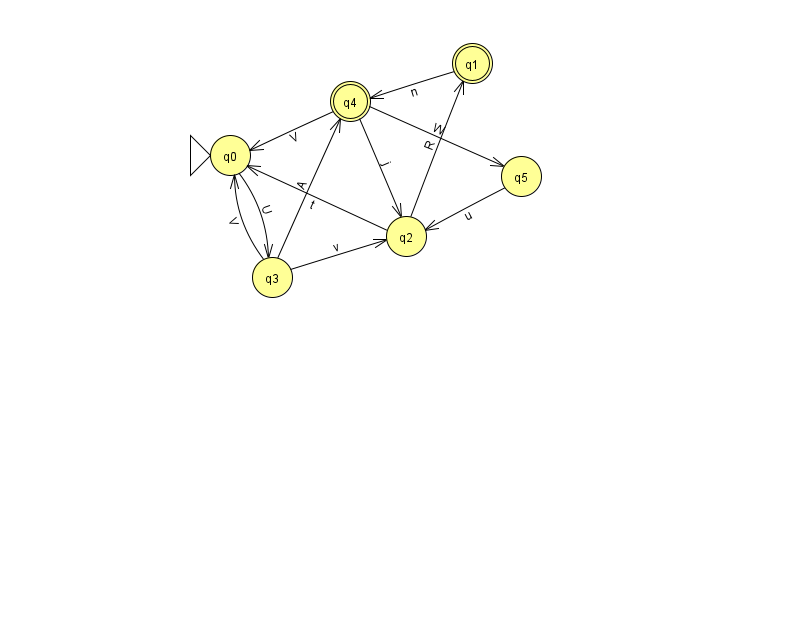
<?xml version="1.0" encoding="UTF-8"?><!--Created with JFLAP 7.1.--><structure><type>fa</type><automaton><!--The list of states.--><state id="0" name="q0"><x>230.0</x><y>142.0</y><initial/></state><state id="1" name="q1"><x>472.0</x><y>50.0</y><final/></state><state id="2" name="q2"><x>406.0</x><y>223.0</y></state><state id="3" name="q3"><x>272.0</x><y>264.0</y></state><state id="4" name="q4"><x>350.0</x><y>88.0</y><final/></state><state id="5" name="q5"><x>521.0</x><y>163.0</y></state><!--The list of transitions.--><transition><from>3</from><to>2</to><read>v</read></transition><transition><from>3</from><to>4</to><read>A</read></transition><transition><from>1</from><to>4</to><read>n</read></transition><transition><from>2</from><to>1</to><read>R</read></transition><transition><from>4</from><to>2</to><read>j</read></transition><transition><from>4</from><to>5</to><read>W</read></transition><transition><from>5</from><to>2</to><read>u</read></transition><transition><from>2</from><to>0</to><read>t</read></transition><transition><from>4</from><to>0</to><read>V</read></transition><transition><from>0</from><to>3</to><read>U</read></transition><transition><from>3</from><to>0</to><read>V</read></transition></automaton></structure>